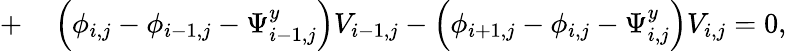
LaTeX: \begin{array}{rl}{+}&{{}\left(\phi_{i,j}-\phi_{i-1,j}-\Psi_{i-1,j}^{y}\right)V_{i-1,j}-\left(\phi_{i+1,j}-\phi_{i,j}-\Psi_{i,j}^{y}\right)V_{i,j}=0,}\end{array}